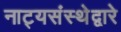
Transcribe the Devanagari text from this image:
नाट्यसंस्थेद्वारे